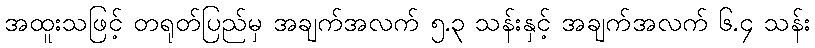
အထူးသဖြင့် တရုတ်ပြည်မှ အချက်အလက် ၅.၃ သန်းနှင့် အချက်အလက် ၆.၄ သန်း